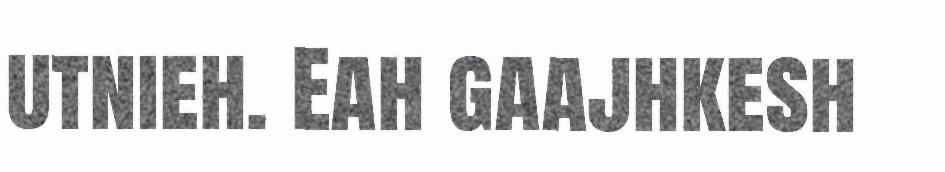
utnieh. Eah gaajhkesh